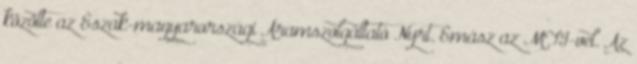
közölte az Észak-magyarországi Áramszolgáltató Nyrt. Émász az MTI-vel. Az